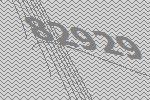
82929